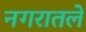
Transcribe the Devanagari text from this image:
नगरातले